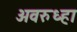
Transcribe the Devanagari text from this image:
अवरुध्हा